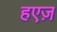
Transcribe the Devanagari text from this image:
हएज़